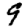
Digit: 9